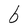
Character: b